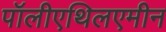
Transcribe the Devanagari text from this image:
पॉलीएथिलएमीन